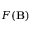
F ( \mathbf { B } )